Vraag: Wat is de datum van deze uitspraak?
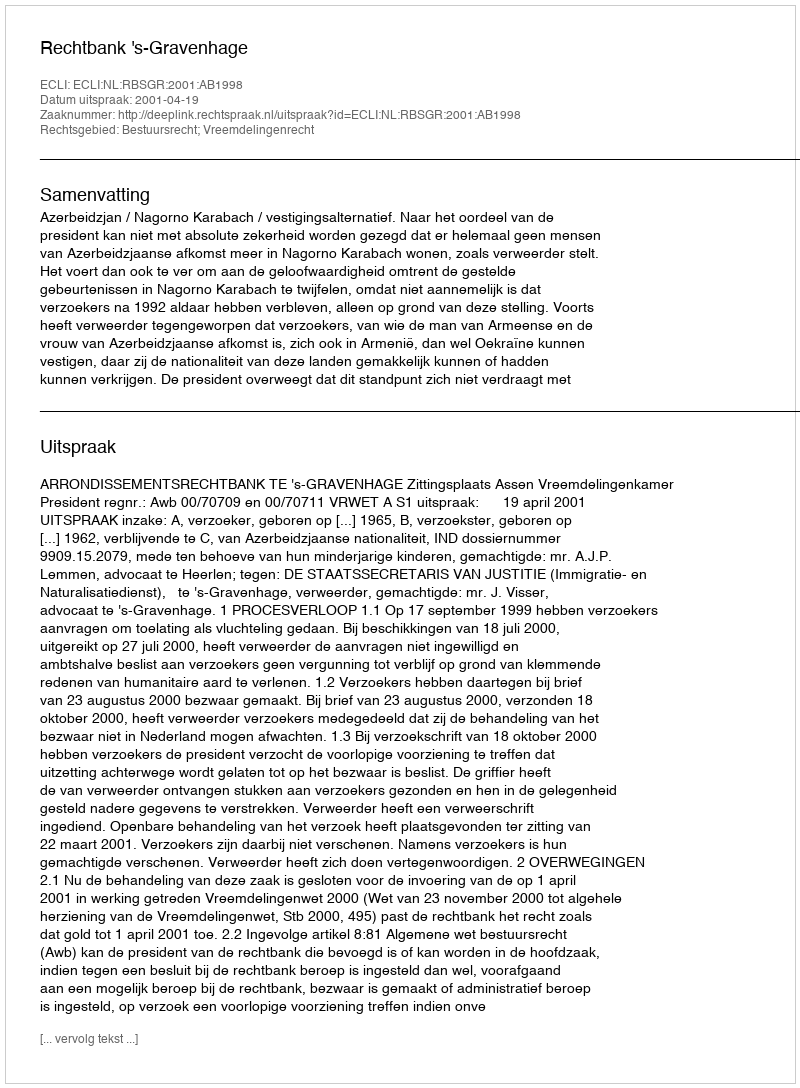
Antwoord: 2001-04-19